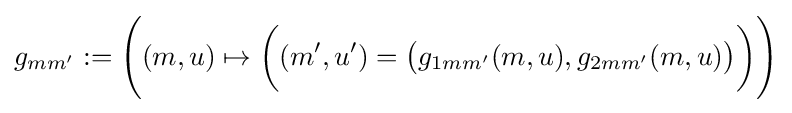
g_{mm'}:={\Bigg (}(m,u)\mapsto {\bigg (}(m',u')={\big (}g_{1mm'}(m,u),g_{2mm'}(m,u){\big )}{\bigg )}{\Bigg )}